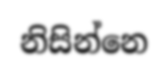
නිසින්නෙ